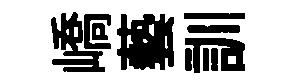
嶠藝訓